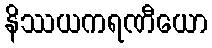
နိဿယကရဏီယော